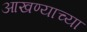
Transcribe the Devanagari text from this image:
आखण्याच्या